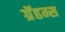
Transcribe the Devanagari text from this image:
ग्रॅहम्स